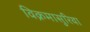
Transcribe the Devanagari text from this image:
विक्रमासुरिया